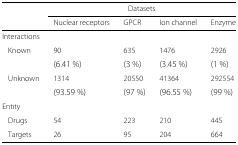
<table><thead><tr><td></td><td colspan="4"><b>Datasets</b></td></tr><tr><td></td><td><b>Nuclear receptors</b></td><td><b>GPCR</b></td><td><b>Ion channel</b></td><td><b>Enzyme</b></td></tr></thead><tbody><tr><td>Interactions</td><td></td><td></td><td></td><td></td></tr><tr><td>Known</td><td>90</td><td>635</td><td>1476</td><td>2926</td></tr><tr><td></td><td>(6.41 %)</td><td>(3 %)</td><td>(3.45 %)</td><td>(1 %)</td></tr><tr><td>Unknown</td><td>1314</td><td>20550</td><td>41364</td><td>292554</td></tr><tr><td></td><td>(93.59 %)</td><td>(97 %)</td><td>(96.55 %)</td><td>(99 %)</td></tr><tr><td>Entity</td><td></td><td></td><td></td><td></td></tr><tr><td>Drugs</td><td>54</td><td>223</td><td>210</td><td>445</td></tr><tr><td>Targets</td><td>26</td><td>95</td><td>204</td><td>664</td></tr></tbody></table>